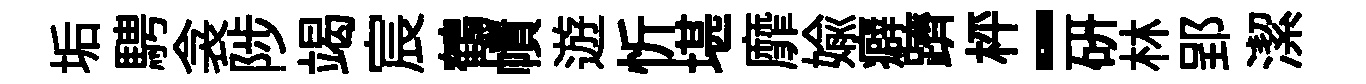
垢騁衾陟竭宸鶴幘遊忻堪靡媮癖躋枰-研林郢潔